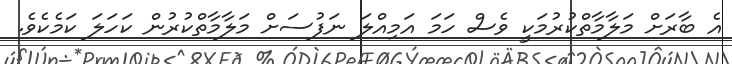
އެ ބާރަށް މަލާމާތްކުރުމަކީ ވެސް ހަމަ އަމިއްލަ ނަފުސަށް މަލާމާތްކުރުން ކަހަލަ ކަމެކެވެ.